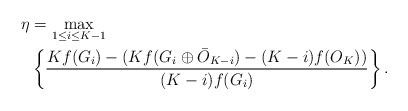
LaTeX: \begin{align*}\eta&=\max\limits_{1\leq i\leq K-1}\\&\left\{\frac{Kf(G_i)-(Kf(G_i\oplus \bar{O}_{K-i})-(K-i)f(O_K))}{(K-i)f(G_i)}\right\}.\end{align*}